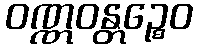
ဝဏ္ဏဝန္တဉ္စေဝ